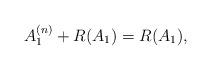
LaTeX: \begin{align*} A_1^{(n)}+R(A_1)=R(A_1), \end{align*}